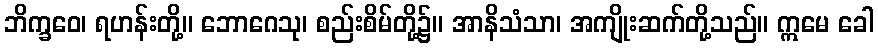
ဘိက္ခဝေ၊ ရဟန်းတို့။ ဘောဂေသု၊ စည်းစိမ်တို့၌။ အာနိသံသာ၊ အကျိုးဆက်တို့သည်။ ဣမေ ခေါ